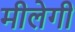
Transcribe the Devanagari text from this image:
मीलेगी